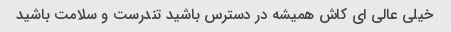
خیلی عالی ای کاش همیشه در دسترس باشید تندرست و سلامت باشید